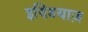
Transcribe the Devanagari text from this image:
इण्डियाज़